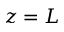
z = L